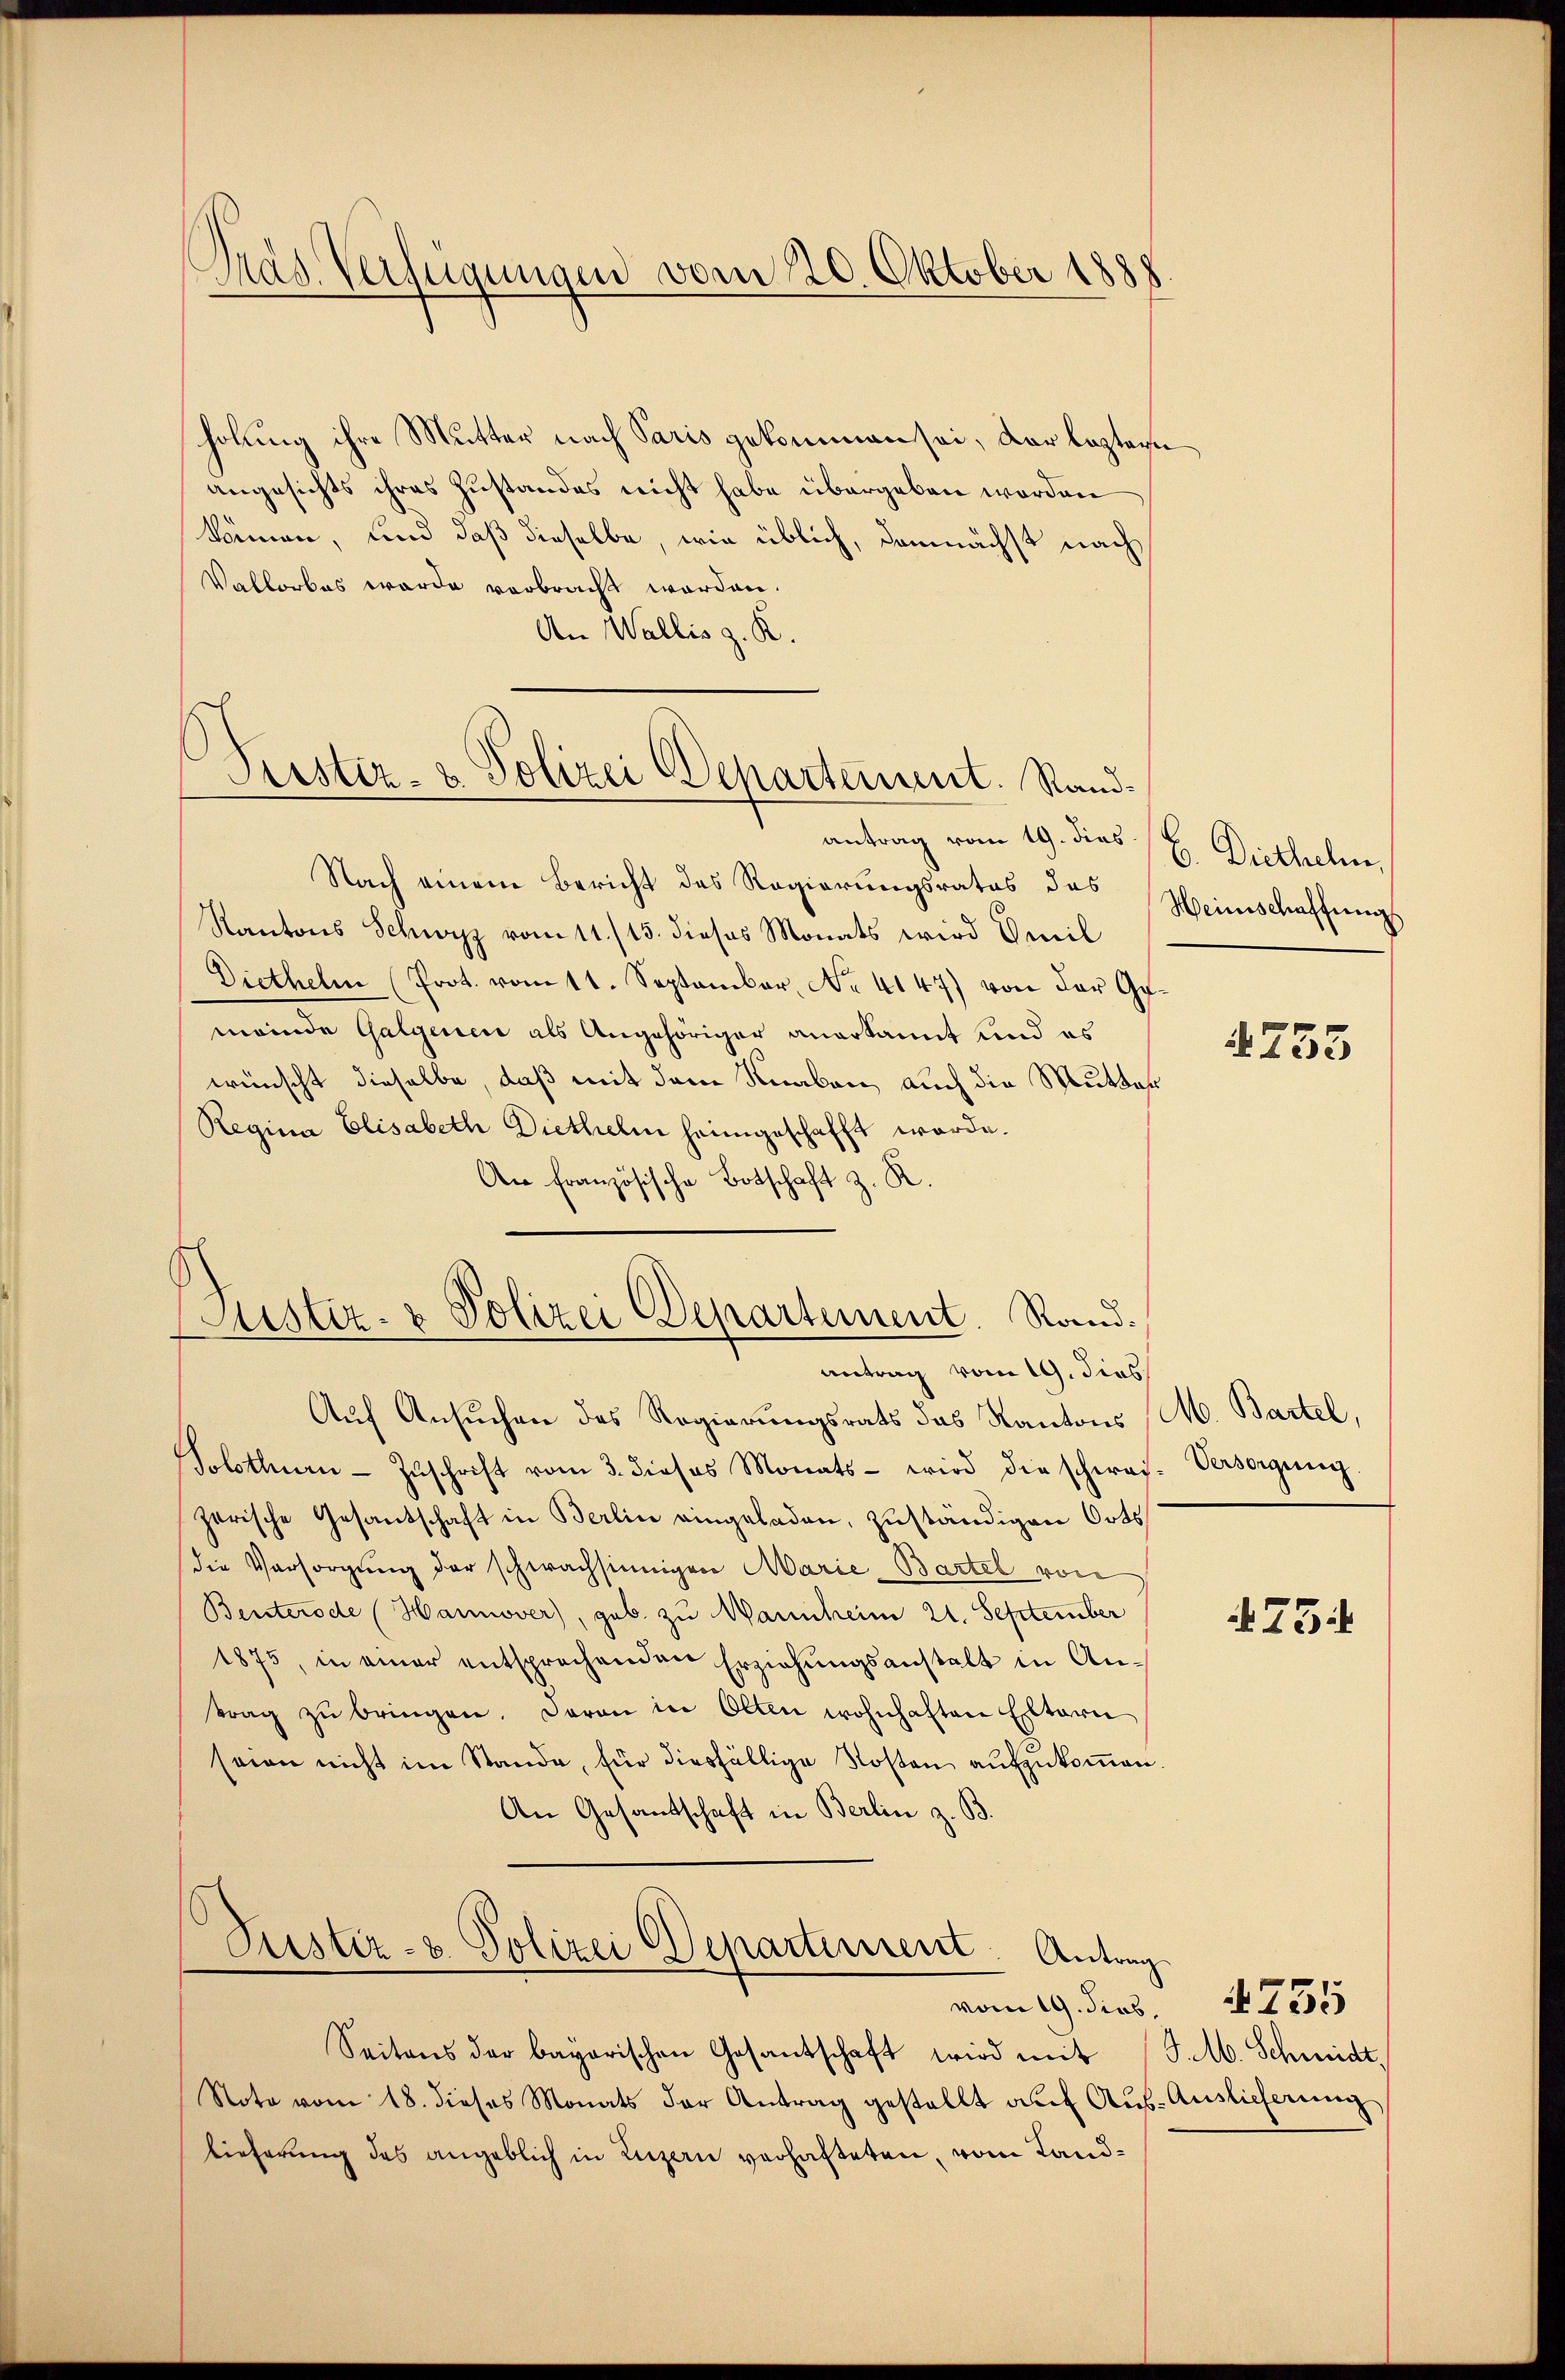
Dras Verfügungen vom 20. Oktober 1888

holung ihre Mutter nach Paris gekommen sei, der leztern
angesichts ihres Zustandes nicht habe übergeben worden
können, und daß dieselbe, wie üblich, demnächst nach
Vallorbes werde verbracht worden.
An Wallis z. R.

Frister- & Polizei Dehartement. Stand¬

antrag vom 19. dies
Nach einem Bericht des Regierungsrates das
Kantons Schwyz vom 11./15. dieses Monats wird Emil
Diethelm (Prot. vom 11. September, No. 4147) von der Ge-
meinde Galgenen als Angehöriger anerkannt und es
wünscht dieselbe, daß mit dem Knaben, auch die Mutter
Regina Elisabeth Diethelm heimgeschafft werde.
An Französische Botschaft z. R.
Sistiz- & Polizei Departement. Rand.
antrag vom 19. dies
Auf Ansuchen des Regierungsrats das Kantons M. Bartel,
Solothurn-Zŭschrift vom 3. dieses Monats- wird die schwei- Versorgung
zerische Gesandschaft in Berlin eingeladen, zuständigen Orts
die Versorgung der schwachsinnigen Marie-Bartel von
Benterode (Hannover), geb. zu Wannheim 21. September
1875, in einer entsprechenden Erziehungsanstalt in An-
trag zŭ bringen. Daran in Olten wohnhaften Elterei
seien nicht im Stande, für diesfällige Kosten aufzukommen.
An Gesandschaft in Berlin z. B.

Pustiz- & Polizei Departement. Antrag

vom 19. dies

b. Diethelm
Heinschaffung

Seitens der bayerischen Gesantschaft wird mit (S. M. Schmidt,
Note vom 18. dieses Monats der Antrag gestellt auf Aus-Auslieferung
lieferung des angeblich in Luzern verhafteten, vom Land¬

753

4754

755